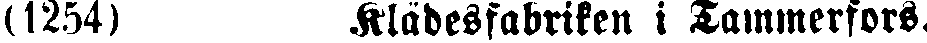
(1254) Klädesfabriken i Tammerfors.